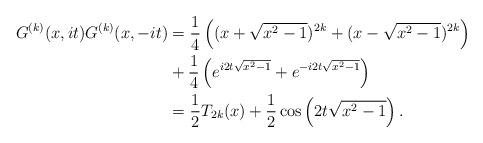
LaTeX: \begin{align*}G^{(k)}(x,it)G^{(k)}(x,-it) &= \frac{1}{4}\left((x+\sqrt{x^2-1})^{2k} + (x-\sqrt{x^2-1})^{2k}\right)\\ & +\frac{1}{4}\left(e^{i2t\sqrt{x^2-1}} +e^{-i2t\sqrt{x^2-1}}\right)\\&= \frac{1}{2}T_{2k}(x) + \frac{1}{2}\cos\left(2t\sqrt{x^2-1}\right) .\end{align*}